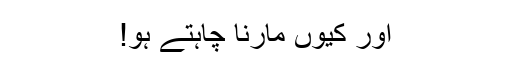
اور کیوں مارنا چاہتے ہو!